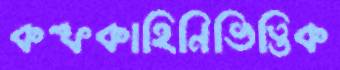
কল্পকাহিনিভিত্তিক